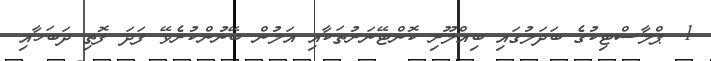
1. ޕްލާސްޓިކުގެ ބަދަލުގައި ބިއްލޫރި ކޮންޓޭނަރުތަކާއި އަލުން ބޭނުންކުރެވޭ ފަދަ ފޮތި ދަބަހާއި